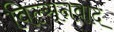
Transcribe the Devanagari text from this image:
विल्सनवाद